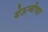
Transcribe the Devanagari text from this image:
येऊन्बीव्हर